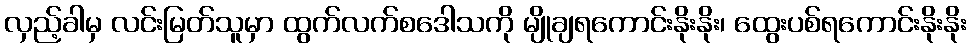
လှည့်ခါမှ လင်းမြတ်သူမှာ ထွက်လက်စဒေါသကို မျိုချရကောင်းနိုးနိုး၊ ထွေးပစ်ရကောင်းနိုးနိုး